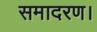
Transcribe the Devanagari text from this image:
समादरण।